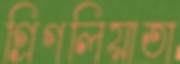
গ্রিগলিয়াতা